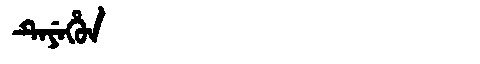
Manchu: ᡨᡝᠶᡝᡥᡠᠨ
Romanization: TEYEHUN